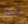
شئ